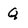
Character: Q